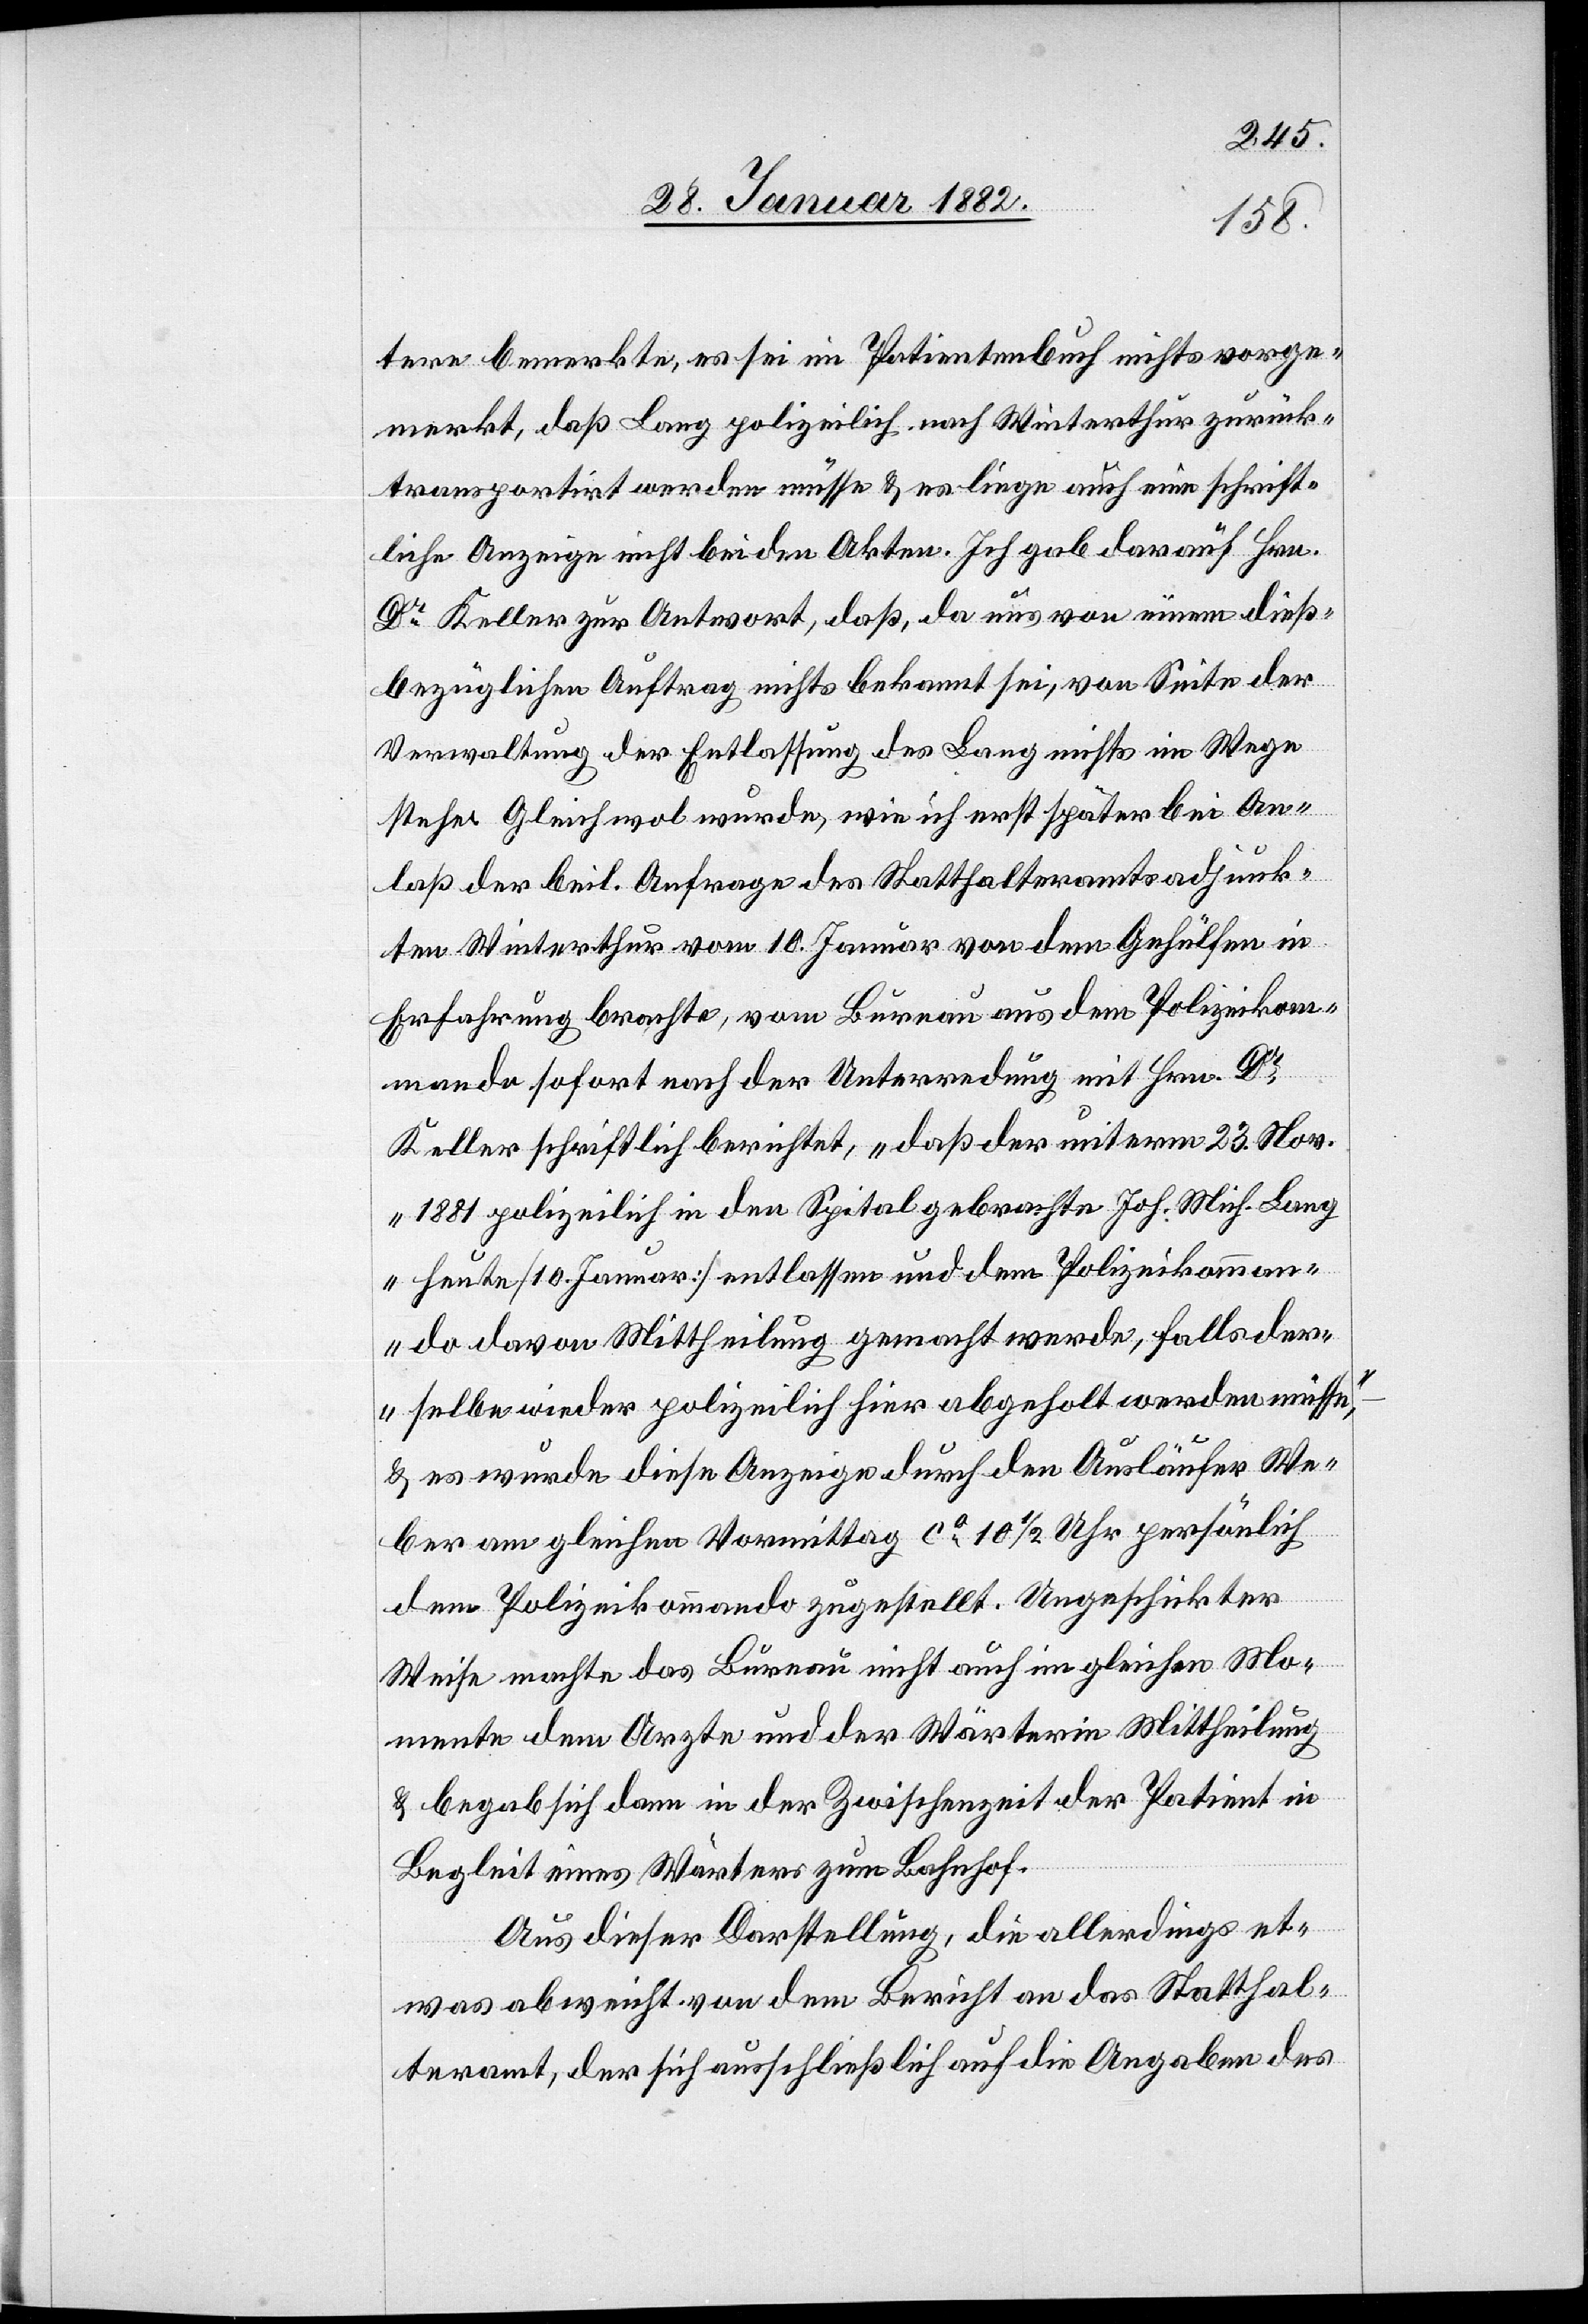
Mo¬
tere bemerkte, es sei im Patientenbuch nicht vorge¬
merkt, daß Lang polizeilich nach Winterthur zurück¬
transportirt werden müsse & es liege auch eine schrift¬
liche Anzeige nicht bei den Akten. Ich gab darauf Hrn.
Dr Keller zur Antwort, daß, da uns von einem dieß¬
bezüglichen Auftrag nicht bekannt sei, von Seite der
Verwaltung der Entlassung des Lang nichts im Wege
stehe. Gleichwol wurde, wie ich erst später bei An¬
laß der beil. Anfrage des Statthalteramtsadjunk¬
ten Winterthur vom 10. Januar von dem Gehülfen in
Erfahrung brachte, vom Bureau aus dem Polizeikom¬
mando sofort nach der Unterredung mit Hr. Dr
Keller schriftlich berichtet, „daß der unterm 23. Nov.
1881 polizeilich in den Spital gebrachte Joh. Mich. Lang
heute [10. Januar] entlassen und dem Polizeikomman¬
do davon Mittheilung gemacht werde, falls der¬
selbe wieder polizeilich hier abgeholt werden müsse“,–
& es wurde diese Anzeige durch den Ausläufer We¬
ber am gleichen Vormittag ca 10 1/2 Uhr persönlich
dem Polizeikommando zugestellt. Ungeschickter
mente dem Arzte und der Wärterin Mittheilung
& begab sich dann in der Zwischenzeit der Patient in
Begleit eines Wärters zum Bahnhof.
Aus dieser Darstellung, die allerdings et¬
was abweicht von dem Bericht an das Statthal¬
teramt, der sich ausschließlich auf die Angaben des